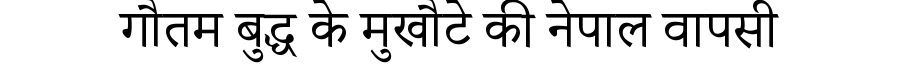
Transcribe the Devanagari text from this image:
गौतम बुद्ध के मुखौटे की नेपाल वापसी